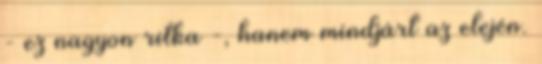
- ez nagyon ritka -, hanem mindjárt az elején.